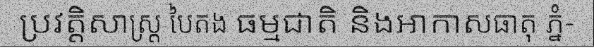
ប្រវត្តិសាស្ត្រ បៃតង ធម្មជាតិ និងអាកាសធាតុ ភ្នំ-